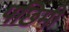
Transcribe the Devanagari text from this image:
पछिमी